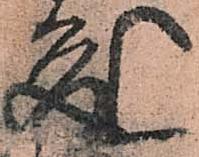
成